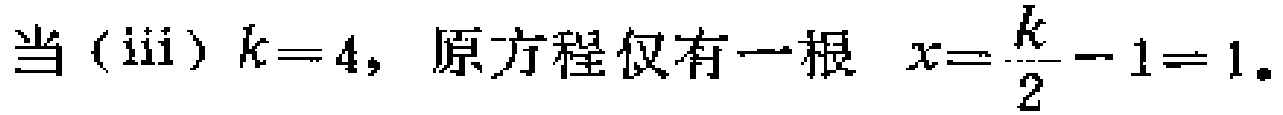
当（iii）$k = 4$，原方程仅有一根 $x = \frac{k}{2} - 1 = 1$。